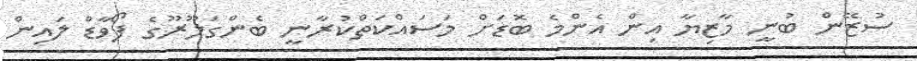
ސުޒޭން ބުނީ މާޒިޔާ އިން އެންމެ ބޮޑަށް މަސައްކަތްކުރާނީ ބެންގަލޫރޫގެ ފޯވާޑް ލައިން